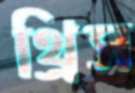
থ্রিস